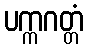
ပက္ကဂတ္တံ